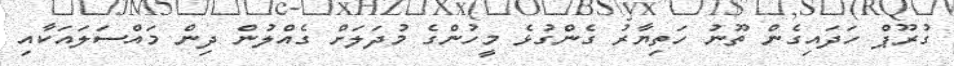
ގުރޫޕް ހަދައިގެން ތޫނު ހަތިޔާރު ގެންގުޅެ މީހުންގެ މުދަލަށް ގެއްލުން ދިން މައްސަލައަކާއި